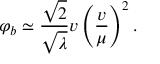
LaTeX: \varphi _ { b } \simeq \frac { \sqrt { 2 } } { \sqrt { \lambda } } v \left( \frac { v } { \mu } \right) ^ { 2 } .